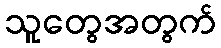
သူတွေအတွက်